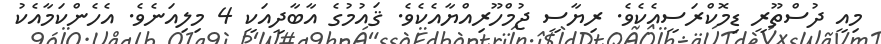
މިއީ ދުސްތޫރީ ޑިމޮކްރަސީއެކެވެ. ރިޔާސީ ޖުމްހޫރިއްޔާއެކެވެ. ޤައުމުގެ އާބާދީއަކީ 4 މިލިއަނެވެ. އެހެންކަމާއެކު